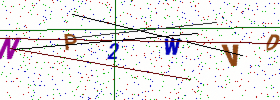
Text: NP2WVD